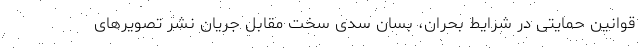
قوانین حمایتی در شرایط بحران، بسانِ سدی سخت مقابل جریان نشر تصویرهای